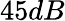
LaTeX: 45dB